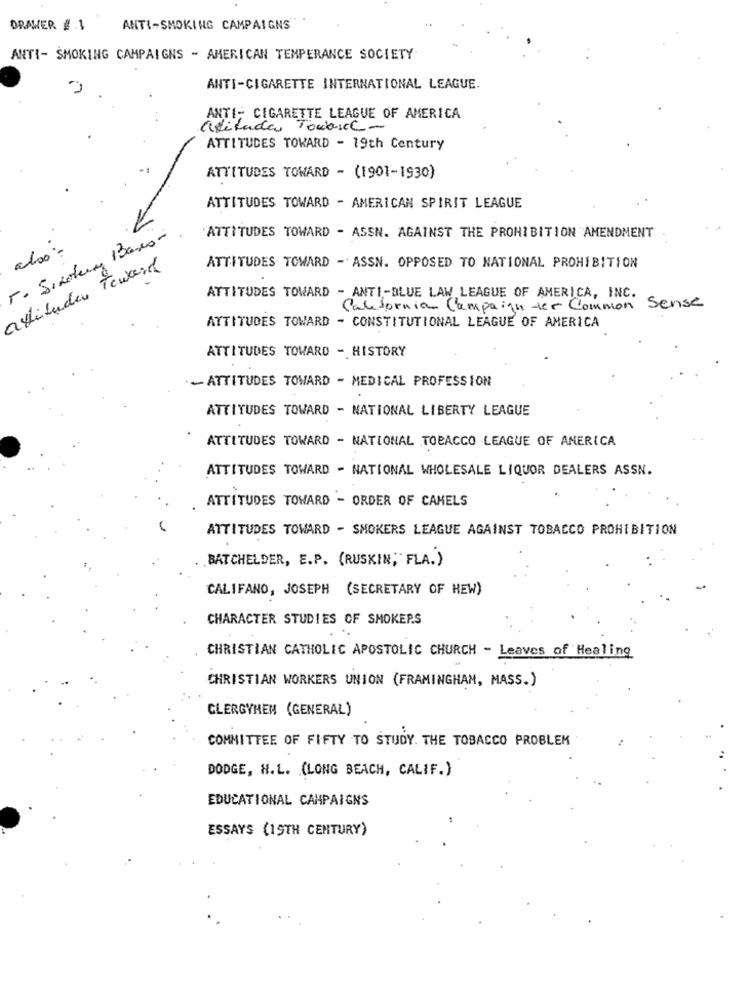
DRAWER # .1
ANTI-SMOKING CAMPAIGNS
ANTI- SMOKING CAMPAIGNS - AMERICAN TEMPERANCE SOCIETY
ANTI-CIGARETTE INTERNATIONAL LEAGUE.
ANTI- CIGARETTE LEAGUE OF AMERICA
attitudes Toward-
ATTITUDES TOWARD - 19th Century
ATTITUDES TOWARD - (1901-1930)
ATTITUDES TOWARD - AMERICAN SPIRIT LEAGUE
r- Sixty Bass-
ATTITUDES TOWARD - ASSN. AGAINST THE PROHIBITION AMENDMENT
also-
attitudes Toward
ATTITUDES TOWARD - ASSN. OPPOSED TO NATIONAL PROHIBITION
ATTITUDES TOWARD - ANTI-BLUE LAW LEAGUE OF AMERICA, INC.
California Campaign ter Common Sense
ATTITUDES TOWARD - CONSTITUTIONAL LEAGUE OF AMERICA
ATTITUDES TOWARD - HISTORY
- ATTITUDES TOWARD - MEDICAL PROFESSION
ATTITUDES TOWARD - NATIONAL LIBERTY LEAGUE
ATTITUDES TOWARD - NATIONAL TOBACCO LEAGUE OF AMERICA
ATTITUDES TOWARD - NATIONAL WHOLESALE LIQUOR DEALERS ASSN.
ATTITUDES TOWARD - ORDER OF CAMELS
ATTITUDES TOWARD - SMOKERS LEAGUE AGAINST TOBACCO PROHIBITION
BATCHELDER, E.P. (RUSKIN, FLA.)
CALIFANO, JOSEPH (SECRETARY OF HEW)
CHARACTER STUDIES OF SMOKEP.S
CHRISTIAN CATHOLIC APOSTOLIC CHURCH - Leaves of Healing
CHRISTIAN WORKERS UNION (FRAMINGHAM, MASS.)
CLERGYHEM (GENERAL)
COMMITTEE OF FIFTY TO STUDY. THE TOBACCO PROBLEM
DODGE, H.L. (LONG BEACH, CALIF.)
EDUCATIONAL CAMPAIGNS
ESSAYS (19TH CENTURY)